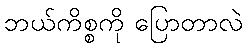
ဘယ်ကိစ္စကို ပြောတာလဲ